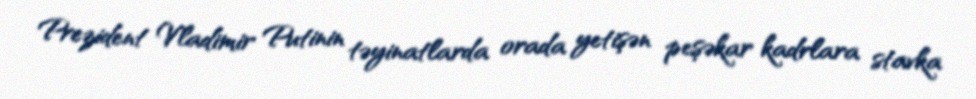
Prezident Vladimir Putinin təyinatlarda orada yetişən peşəkar kadrlara stavka